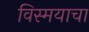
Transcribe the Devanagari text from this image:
विस्मयाचा